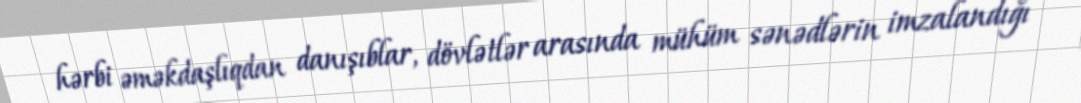
hərbi əməkdaşlıqdan danışıblar, dövlətlər arasında mühüm sənədlərin imzalandığı